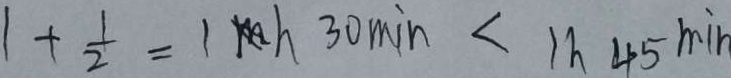
1 + \frac { 1 } { 2 } = 1 h 3 0 \min < 1 h 4 5 \min